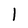
Character: 1